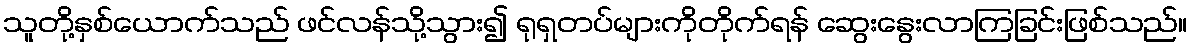
သူတို့နှစ်ယောက်သည် ဖင်လန်သို့သွား၍ ရုရှတပ်များကိုတိုက်ရန် ဆွေးနွေးလာကြခြင်းဖြစ်သည်။